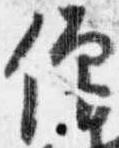
僧